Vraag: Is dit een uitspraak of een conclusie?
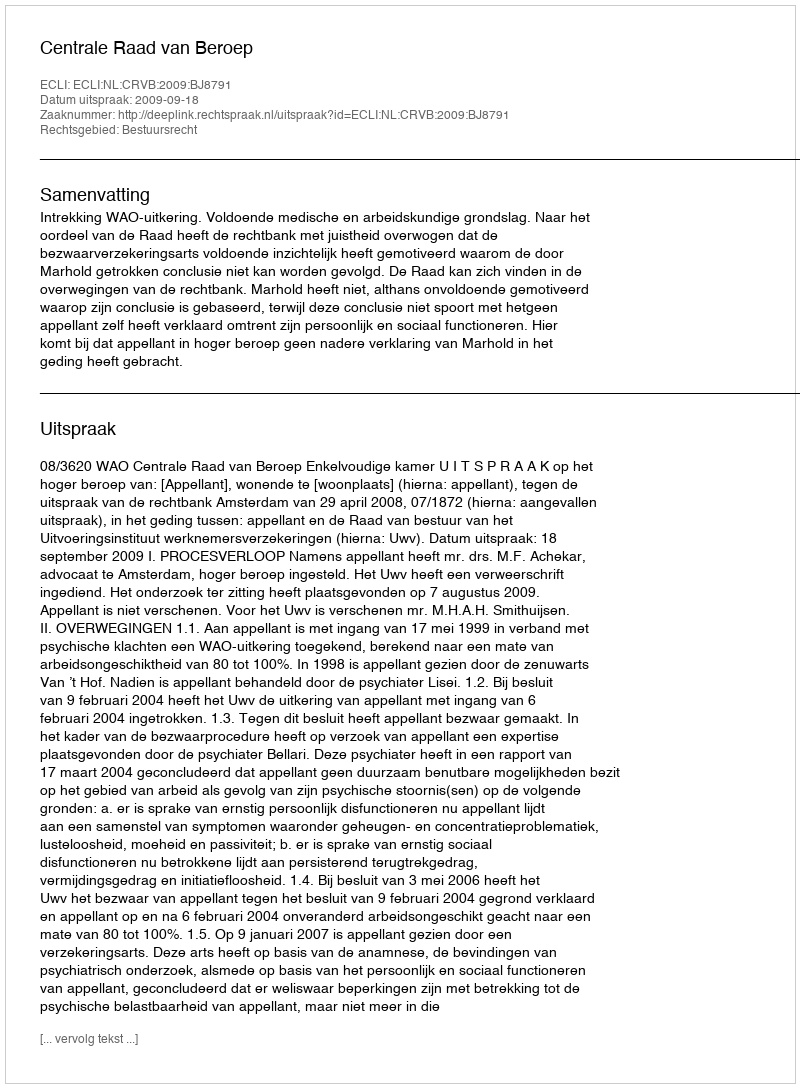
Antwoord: Uitspraak